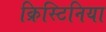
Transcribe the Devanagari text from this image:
क्रिस्टिनिया